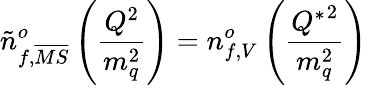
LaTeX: {\tilde{n}}_{f,{\overline{{{MS}}}}}^{o}\left(\frac{Q^{2}}{m_{q}^{2}}\right)=n_{f,V}^{o}\left(\frac{{Q^{*}}^{2}}{m_{q}^{2}}\right)